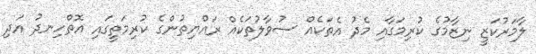
ލާމަރުކަޒީ ނިޒާމުގެ ކުރިމަގާއި މެދު އެތަކެއް ސުވާލުތަކެއް ރައްޔިތުންގެ ކުރިމަތީގައި އޮތްހިނދު އަދި